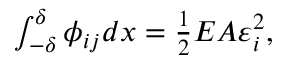
\begin{array} { r } { \int _ { - \delta } ^ { \delta } \phi _ { i j } d x = \frac 1 2 E A \varepsilon _ { i } ^ { 2 } , } \end{array}